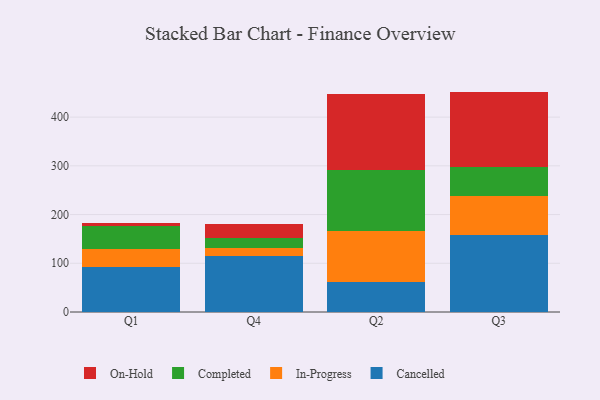
{"axis": {"x": "Quarter", "y": "Churn Rate (%)"}, "legend": ["Cancelled", "Completed", "In-Progress", "On-Hold"], "data": [{"x": "Q1", "y": 91.8, "type": "Cancelled"}, {"x": "Q1", "y": 38.2, "type": "In-Progress"}, {"x": "Q1", "y": 45.8, "type": "Completed"}, {"x": "Q1", "y": 6.1, "type": "On-Hold"}, {"x": "Q4", "y": 114.7, "type": "Cancelled"}, {"x": "Q4", "y": 17.1, "type": "In-Progress"}, {"x": "Q4", "y": 20.7, "type": "Completed"}, {"x": "Q4", "y": 28.7, "type": "On-Hold"}, {"x": "Q2", "y": 61.8, "type": "Cancelled"}, {"x": "Q2", "y": 104.0, "type": "In-Progress"}, {"x": "Q2", "y": 126.1, "type": "Completed"}, {"x": "Q2", "y": 154.7, "type": "On-Hold"}, {"x": "Q3", "y": 158.6, "type": "Cancelled"}, {"x": "Q3", "y": 79.4, "type": "In-Progress"}, {"x": "Q3", "y": 60.2, "type": "Completed"}, {"x": "Q3", "y": 154.2, "type": "On-Hold"}]}